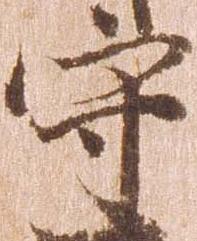
守